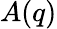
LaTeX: A(q)